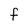
Character: F